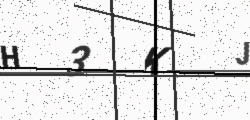
Text: H3KJ